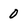
Character: O